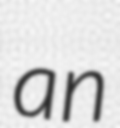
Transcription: an